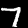
Digit: 7